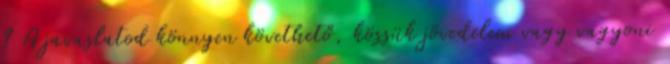
? A javaslatod könnyen követhető, kössük jövedelem vagy vagyoni